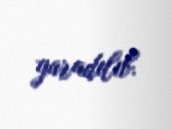
yaradılıb.